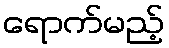
ရောက်မည့်